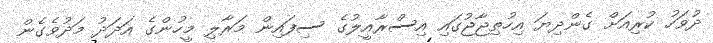
ދުވަހު ކުރިއަށް ގެންދިޔަ އިހުތިޖާޖުގައި އިސްރާއީލުގެ ސިފައިން މަރާލި މީހުންގެ އަދަދު މަދުވެގެން